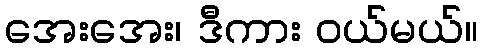
အေးအေး၊ ဒီကား ဝယ်မယ်။